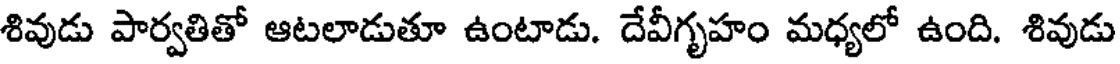
శివుడు పార్వతితో ఆటలాడుతూ ఉంటాడు. దేవీగృహం మధ్యలో ఉంది. శివుడు